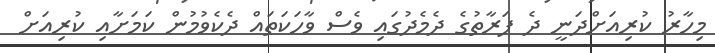
މިހާރު ކުރިއަށްދަނީ ދެ ފަރާތުގެ ދެމެދުގައި ވެސް ވާހަކަތައް ދެކެވުމުން ކަމަށާއި ކުރިއަށް